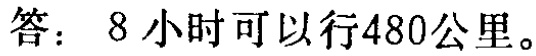
答：8 小时可以行480公里。